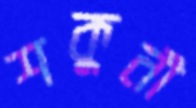
শকুনী